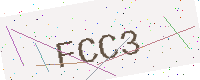
Text: FCC3